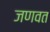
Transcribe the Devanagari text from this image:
जणवत